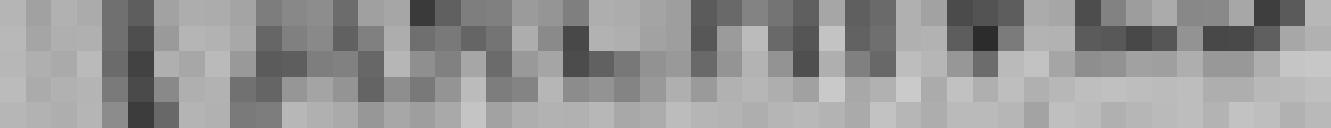
Archives